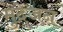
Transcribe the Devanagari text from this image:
मुदेजन